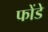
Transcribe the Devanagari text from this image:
फोंडे